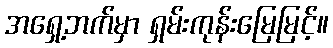
အရှေ့ဘက်မှာ ရှမ်းကုန်းမြေမြင့်။